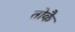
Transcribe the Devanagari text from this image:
तोकै